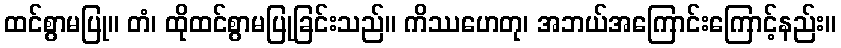
ထင်စွာမပြု။ တံ၊ ထိုထင်စွာမပြုခြင်းသည်။ ကိဿဟေတု၊ အဘယ်အကြောင်းကြောင့်နည်း။